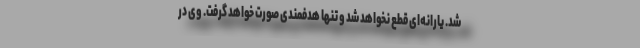
شد. یارانه‌ای قطع نخواهد شد و تنها هدفمندی صورت خواهد گرفت. وی در